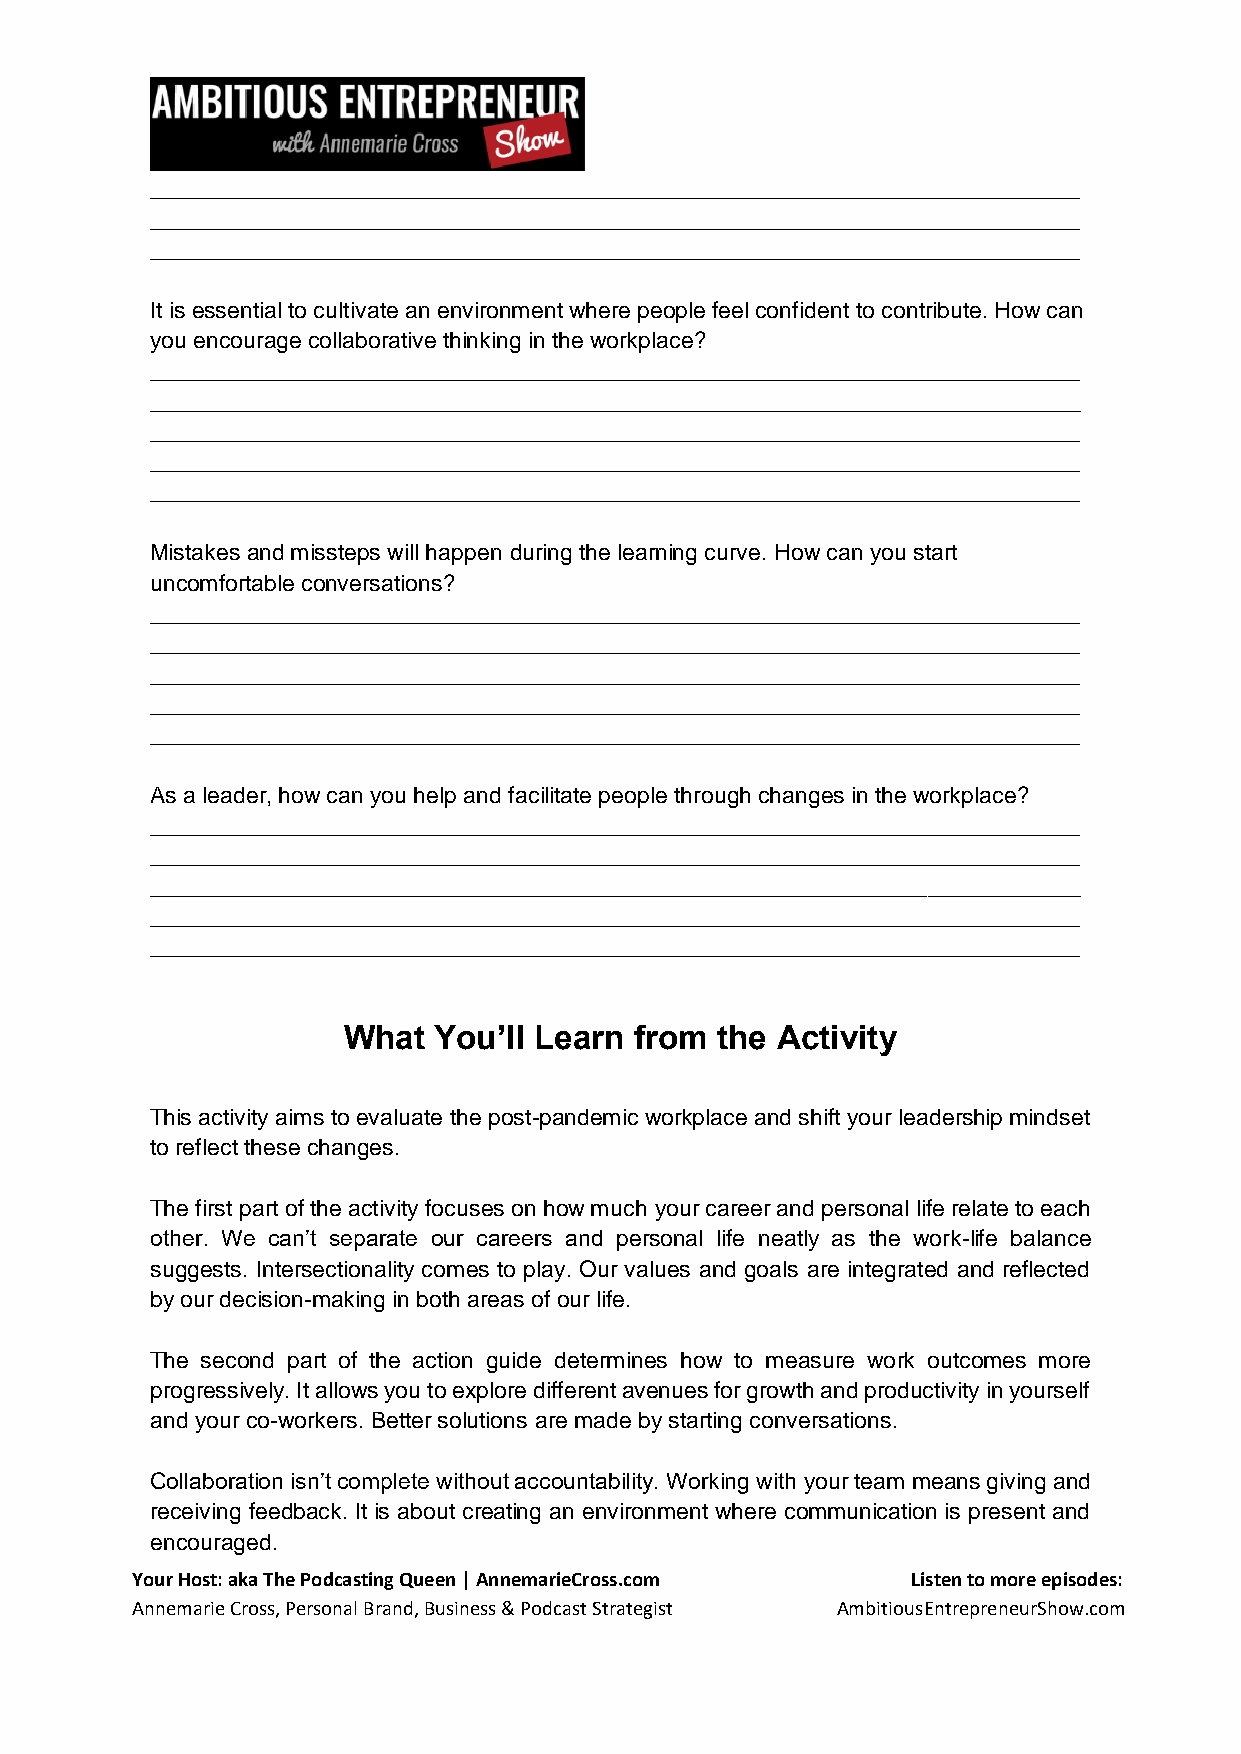
_________________________________________________________________________
 _________________________________________________________________________
 _________________________________________________________________________
 It is essential to cultivate an environment where people feel confident to contribute. How can
 you encourage collaborative thinking in the workplace?
 _________________________________________________________________________
 _________________________________________________________________________
 _________________________________________________________________________
 _________________________________________________________________________
 _________________________________________________________________________
 Mistakes and missteps will happen during the learning curve. How can you start
 uncomfortable conversations?
 _________________________________________________________________________
 _________________________________________________________________________
 _________________________________________________________________________
 _________________________________________________________________________
 _________________________________________________________________________
 As a leader, how can you help and facilitate people through changes in the workplace?
 _________________________________________________________________________
 _________________________________________________________________________
 _________________________________________________________________________
 _________________________________________________________________________
 _________________________________________________________________________
 What  You’ll Learn from the Activity
 This activity aims to evaluate the post-pandemic workplace and shift your leadership mindset
 to reflect these changes.
 The first part of the activity focuses on how much your career and personal life relate to each
 other. We can’t separate our careers and personal life neatly as the work-life balance
 suggests. Intersectionality comes to play. Our values and goals are integrated and reflected
 by our decision-making in both areas of our life.
 The second part of the action guide determines how to measure work outcomes more
 progressively. It allows you to explore different avenues for growth and productivity in yourself
 and your co-workers. Better solutions are made by starting conversations.
 Collaboration isn’t complete without accountability. Working with your team means giving and
 receiving feedback. It is about creating an environment where communication is present and
 encouraged.
 Your Host: aka The Podcasting Queen | AnnemarieCross.com Listen to more episodes:
 Annemarie Cross, Personal Brand, Business & Podcast Strategist AmbitiousEntrepreneurShow.com